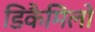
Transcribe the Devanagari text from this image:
डिकैमिलो